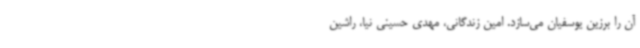
آن را برزین یوسفیان می‌سازد. امین زندگانی، مهدی حسینی نیا، راشین